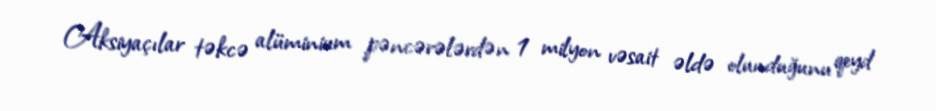
Aksiyaçılar təkcə alüminium pəncərələrdən 1 milyon vəsait əldə olunduğunu qeyd